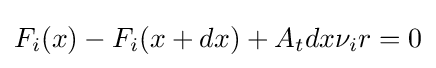
F_{i}(x)-F_{i}(x+dx)+A_{t}dx\nu _{i}r=0